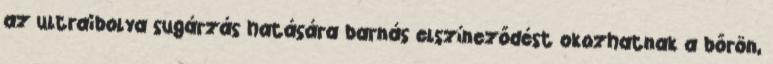
az ultraibolya sugárzás hatására barnás elszíneződést okozhatnak a bőrön,